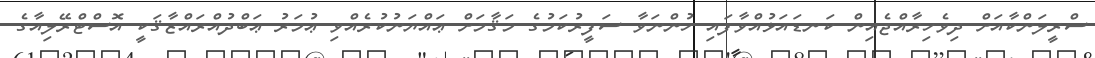
ސްރީލަންކާއަށް ދިވެހިރާއްޖެއިން ކަނޑައަޅުއްވާފައި ހުންނަވާ ސަފީރުކަމުގެ މަޤާމަށް ޢައްޔަނުކުރެއްވި ޢުމަރު ޢަބްދުއްރައްޒާޤަކީ އޮސްޓްރޭލިއާގެ